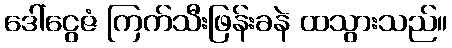
ဒေါ်ငွေဇံ ကြက်သီးဖြန်းခနဲ ထသွားသည်။